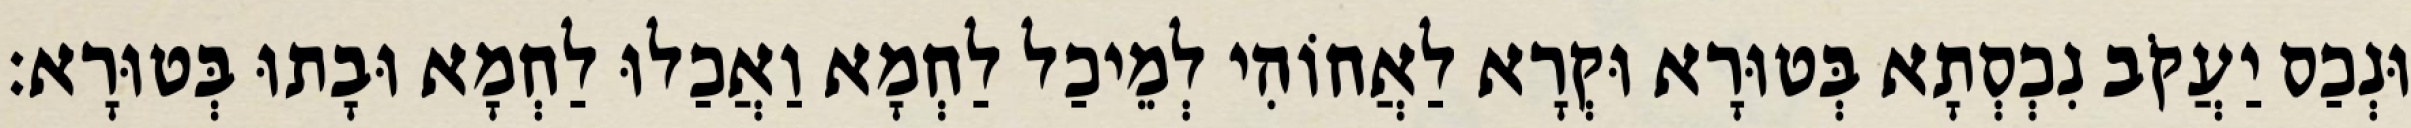
וּנְכַס יַעֲקֹב נִכְסְתָא בְּטוּרָא וּקְרָא לַאֲחוֹהִי לְמֵיכַל לַחְמָא וַאֲכַלוּ לַחְמָא וּבָתוּ בְּטוּרָא׃